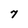
Character: 7